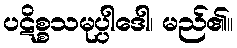
ပဋိစ္စသမုပ္ပါဒေါ၊ မည်၏။